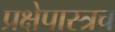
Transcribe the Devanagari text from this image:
प्रक्षेपास्त्रच